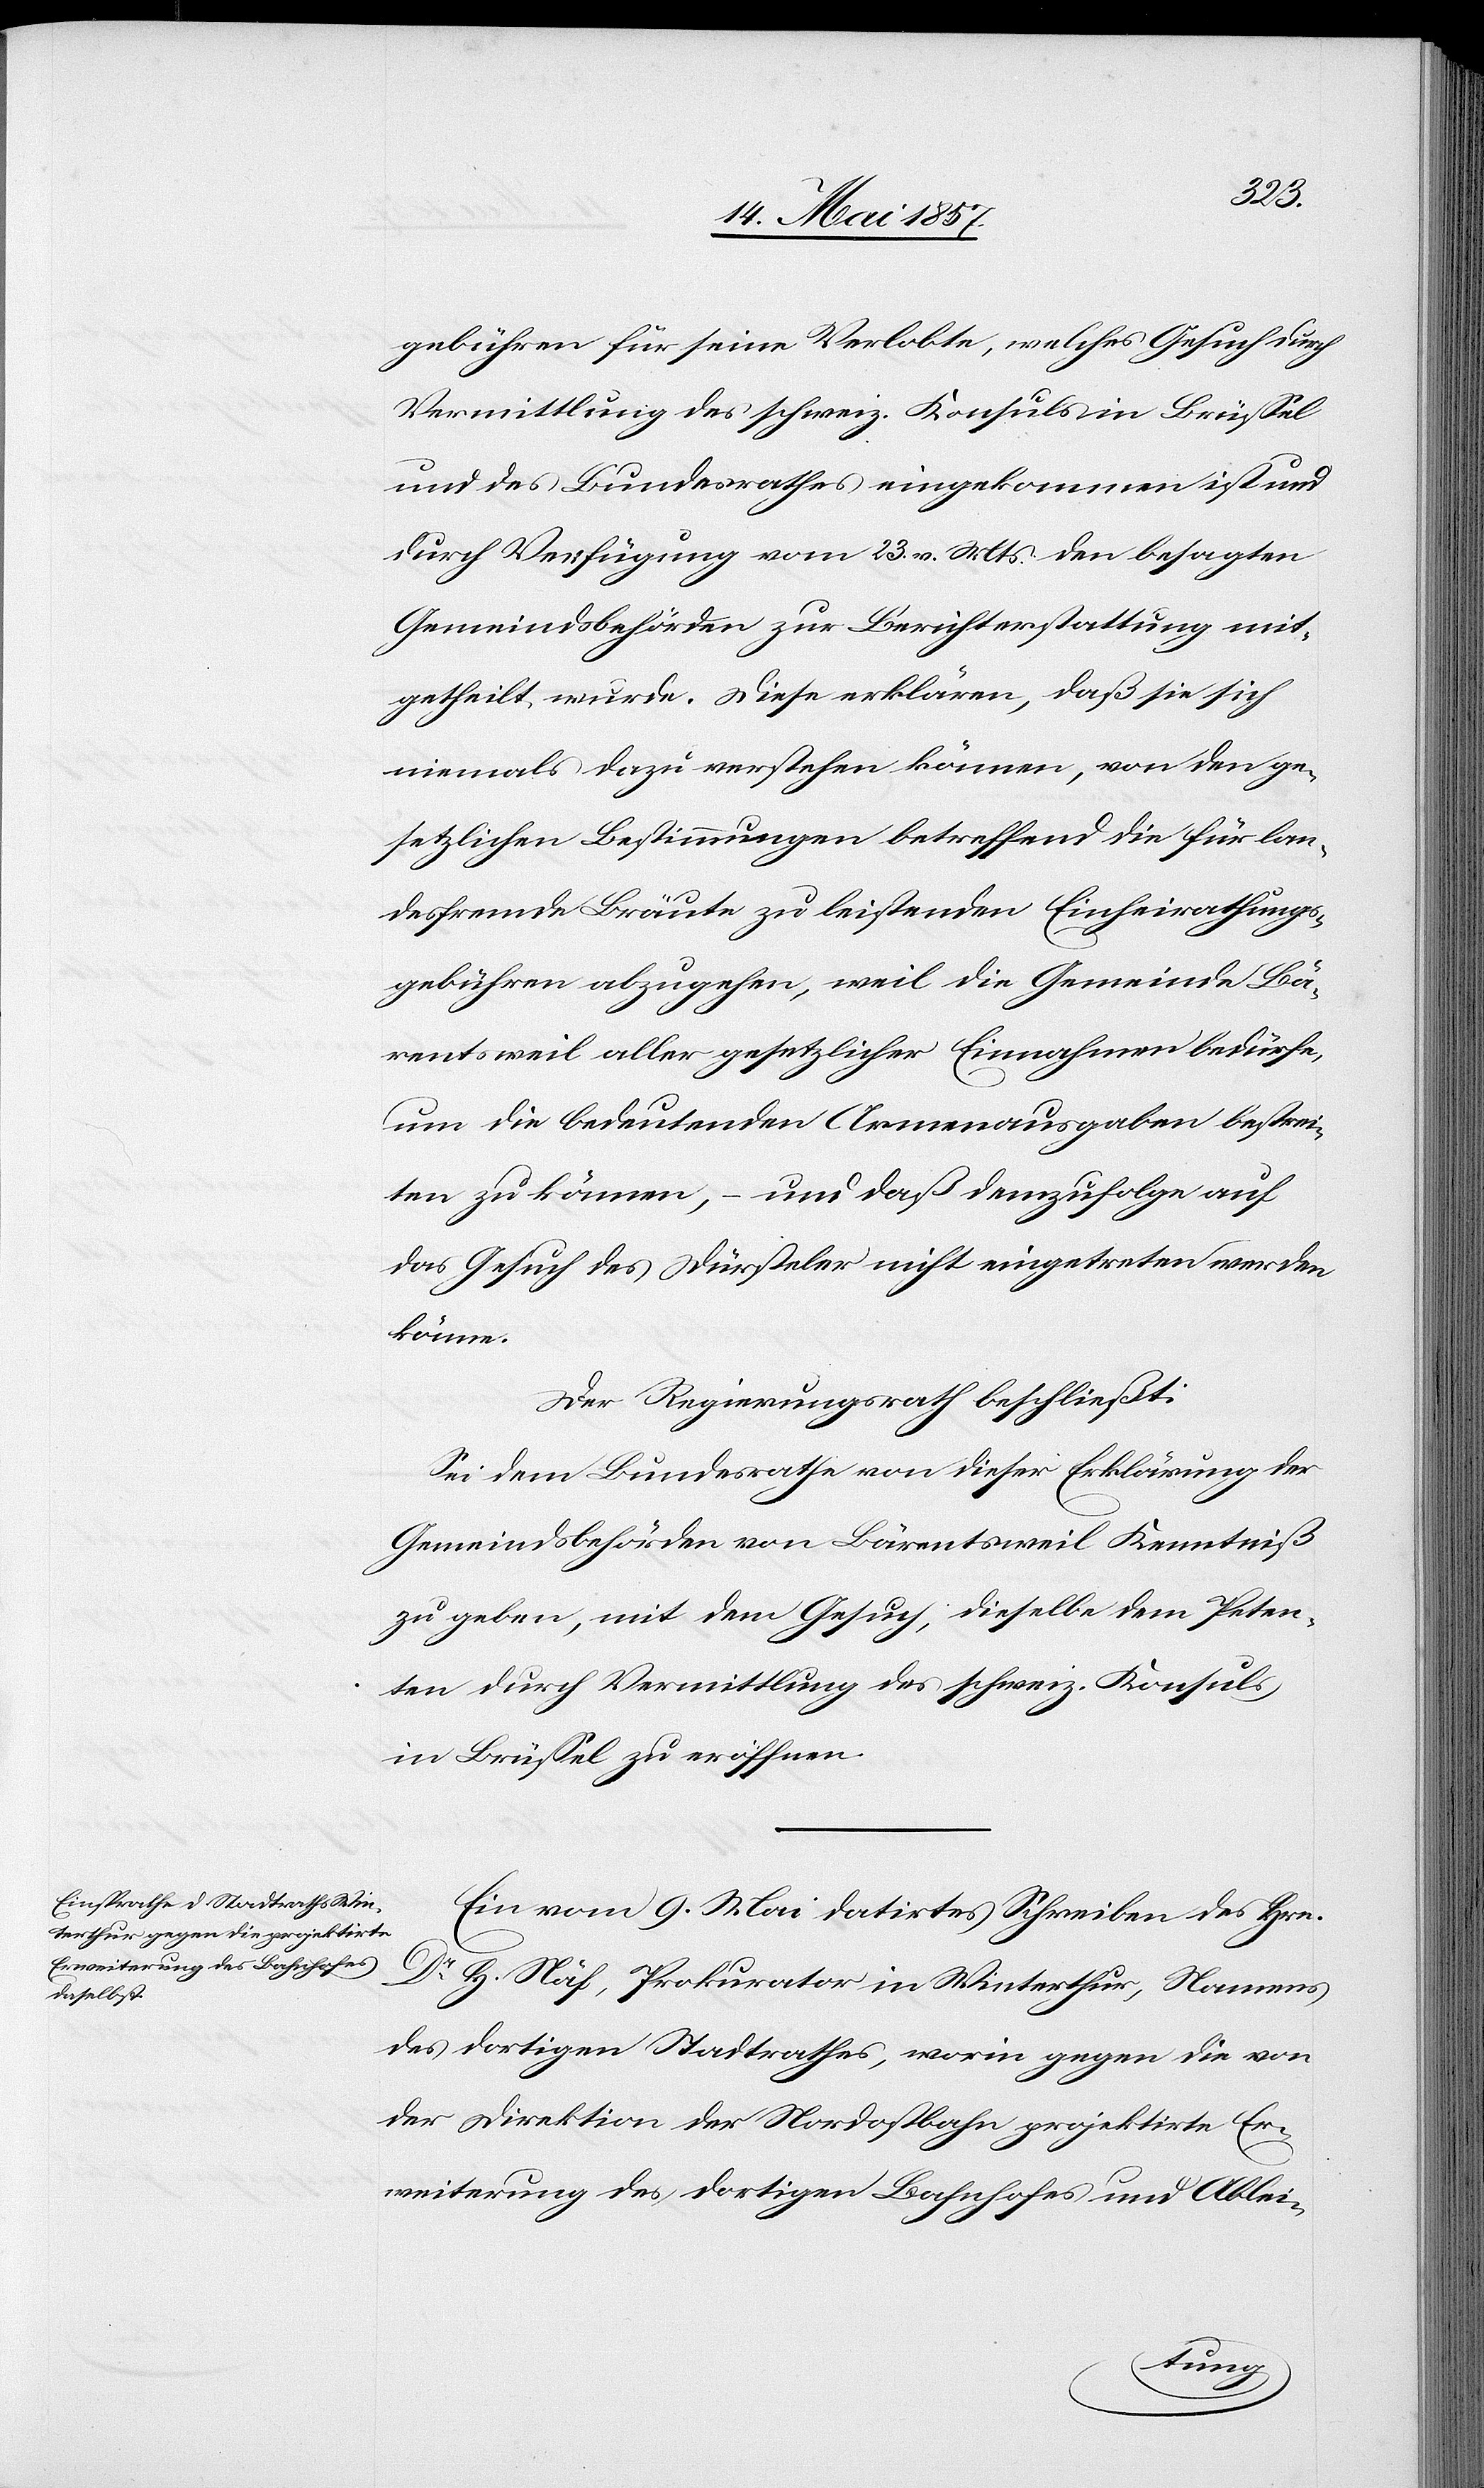
gebühren für seine Verlobte, welches Gesuch durch
Vermittlung des schweiz. Konsuls in Brüssel
und des Bundesrathes eingekommen ist und
durch Verfügung vom 23 v. Mts. den besagten
Gemeindsbehörden zur Berichterstattung mit¬
getheilt wurde. Diese erklären, daß sie sich
niemals dazu verstehen können, von den ge¬
setzlichen Bestimmungen betreffend die für lan¬
desfremde Bräute zu leistende Einheirathungs¬
gebühren abzugehen, weil die Gemeinde Bä¬
rentsweil aller gesetzlicher Einnahmen bedürfe,
um die bedeutenden Armenausgaben bestrei¬
ten zu können, – und daß demzufolge auf
das Gesuch des Dürsteler nicht eingetreten werden
könne.
Der Regierungsrath beschließt:
Sei dem Bundesrathe von dieser Erklärung der
Gemeindsbehörden von Bärentsweil Kenntniß
zu geben, mit dem Gesuch, dieselbe dem Peten¬
ten durch Vermittlung des schweiz. Konsuls
in Brüssel zu eröffnen.
Ein vom 9 Mai datirtes Schreiben des Hrn.
Dr H. Näf, Prokurator in Winterthur, Namens
des dortigen Stadtrathes, worin gegen die von
der Direktion der Nordostbahn projektirte Er¬
weiterung des dortigen Bahnhofes und Ablei-